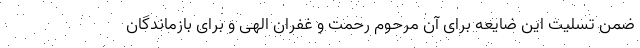
ضمن تسلیت این ضایعه برای آن مرحوم رحمت و غفران الهی و برای بازماندگان